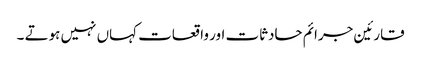
قارئین جرائم حادثات اور واقعات کہاں نہیں ہوتے ۔